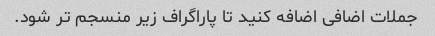
جملات اضافی اضافه کنید تا پاراگراف زیر منسجم تر شود.